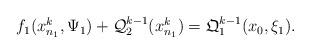
LaTeX: \begin{align*}\begin{array}{lll} f_1(x_{n_1}^k, \Psi_1) + \mathcal{Q}_2^{k-1}(x_{n_1}^k)=\mathfrak{Q}_1^{k-1}(x_0, \xi_1).\end{array} \end{align*}